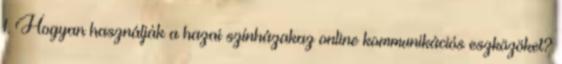
1. Hogyan használják a hazai színházakaz online kommunikációs eszközöket?